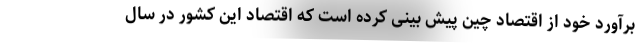
برآورد خود از اقتصاد چین پیش بینی کرده است که اقتصاد این کشور در سال